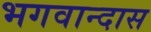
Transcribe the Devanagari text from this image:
भगवान्दास